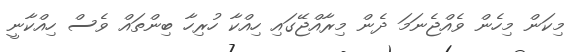
މިކަން މިހެން ވެއްޖެނަމަ ދެން މިރާއްޖޭގައި ހިއްކާ ހުރިހާ ބިންތައް ވެސް ހިއްކާނީ